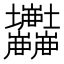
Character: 𡔘